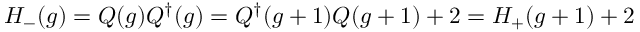
H _ { - } ( g ) = Q ( g ) Q ^ { \dagger } ( g ) = Q ^ { \dagger } ( g + 1 ) Q ( g + 1 ) + 2 = H _ { + } ( g + 1 ) + 2